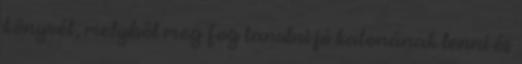
könyvét, melyből meg fog tanulni jó katonának lenni és